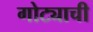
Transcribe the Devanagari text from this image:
गोट्याची